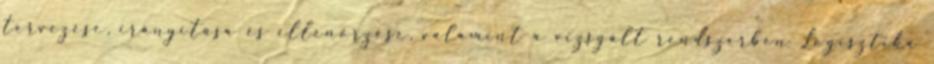
tervezése, irányítása és ellenőrzése, valamint a vizsgált rendszerben Logisztika